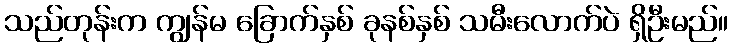
သည်တုန်းက ကျွန်မ ခြောက်နှစ် ခုနစ်နှစ် သမီးလောက်ပဲ ရှိဦးမည်။